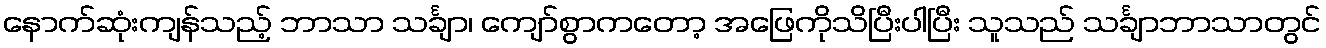
နောက်ဆုံးကျန်သည့် ဘာသာ သင်္ချာ၊ ကျော်စွာကတော့ အဖြေကိုသိပြီးပါပြီး သူသည် သင်္ချာဘာသာတွင်